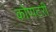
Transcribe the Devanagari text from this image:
कोप्पटरी